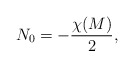
\begin{align*}N_0=-\frac{\chi(M)}{2},\end{align*}